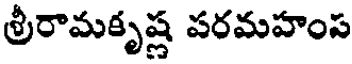
శ్రీరామకృష్ణ పరమహంస